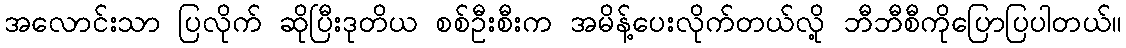
အလောင်းသာ ပြလိုက် ဆိုပြီးဒုတိယ စစ်ဦးစီးက အမိန့်ပေးလိုက်တယ်လို့ ဘီဘီစီကိုပြောပြပါတယ်။